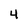
Character: 4